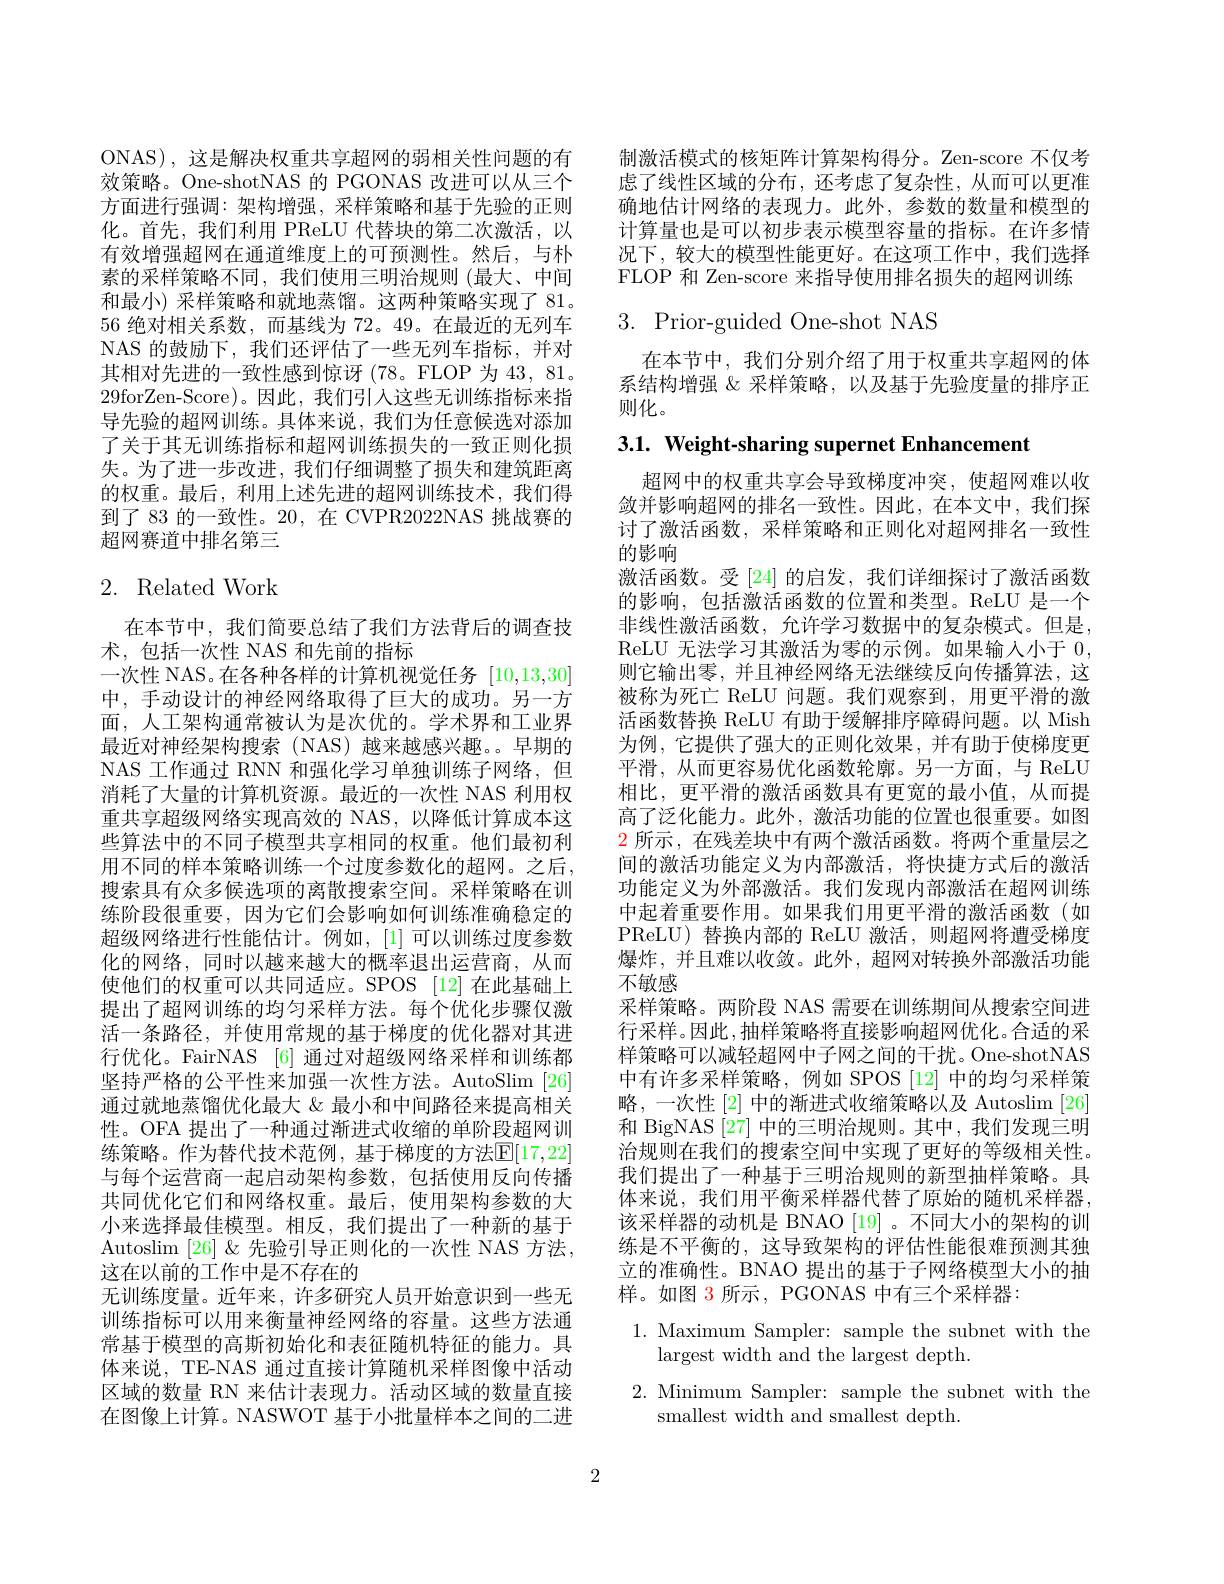
ONAS), 这是解决权重共享超网的弱相关性问题的有效策略。One-shotNAS 的 PGONAS 改进可以从三个方面进行强调：架构增强，采样策略和基于先验的正则化。首先，我们利用 PReLU 代替块的第二次激活，以有效增强超网在通道维度上的可预测性。然后，与朴素的采样策略不同，我们使用三明治规则(最大、中间和最小) 采样策略和就地蒸馏。这两种策略实现了 81。56 绝对相关系数，而基线为 72。49。在最近的无列车NAS 的鼓励下，我们还评估了一些无列车指标，并对其相对先进的一致性感到惊讶(78。FLOP 为 43, 81。29forZen-Score)。因此，我们引人这些无训练指标来指导先验的超网训练。具体来说，我们为任意候选对添加了关于其无训练指标和超网训练损失的一致正则化损失。为了进一步改进，我们仔细调整了损失和建筑距离的权重。最后，利用上述先进的超网训练技术，我们得到了 83 的一致性。20, 在 CVPR2022NAS 挑战赛的超网赛道中排名第三

# 2. Related Work

在本节中，我们简要总结了我们方法背后的调查技
术，包括一次性 NAS 和先前的指标
一次性 NAS。在各种各样的计算机视觉任务[10,13,30] 中，手动设计的神经网络取得了巨大的成功。另一方面，人工架构通常被认为是次优的。学术界和工业界最近对神经架构搜索(NAS)越来越感兴趣。早期的NAS 工作通过 RNN 和强化学习单独训练子网络，但消耗了大量的计算机资源。最近的一次性 NAS 利用权重共享超级网络实现高效的 NAS, 以降低计算成本这些算法中的不同子模型共享相同的权重。他们最初利用不同的样本策略训练一个过度参数化的超网。之后， 搜索具有众多候选项的离散搜索空间。采样策略在训练阶段很重要，因为它们会影响如何训练准确稳定的超级网络进行性能估计。例如，[1]可以训练过度参数化的网络，同时以越来越大的概率退出运营商，从而使他们的权重可以共同适应。SPOS [12]在此基础上提出了超网训练的均匀采样方法。每个优化步骤仅激活一条路径，并使用常规的基于梯度的优化器对其进行优化。FairNAS [6] 通过对超级网络采样和训练都坚持严格的公平性来加强一次性方法。AutoSlim [26] 通过就地蒸馏优化最大 & 最小和中间路径来提高相关性。OFA 提出了一种通过渐进式收缩的单阶段超网训练策略。作为替代技术范例，基于梯度的方法$\mathbb{E}[17,22]$ 与每个运营商一起启动架构参数，包括使用反向传播共同优化它们和网络权重。最后，使用架构参数的大小来选择最佳模型。相反，我们提出了一种新的基于Autoslim $[26]\&$ 先验引导正则化的一次性 NAS 方法， 这在以前的工作中是不存在的
无训练度量。近年来，许多研究人员开始意识到一些无训练指标可以用来衡量神经网络的容量。这些方法通常基于模型的高斯初始化和表征随机特征的能力。具体来说，TE-NAS 通过直接计算随机采样图像中活动区域的数量 RN 来估计表现力。活动区域的数量直接在图像上计算。NASWOT 基于小批量样本之间的二进

制激活模式的核矩阵计算架构得分。Zen-score 不仅考虑了线性区域的分布，还考虑了复杂性，从而可以更准确地估计网络的表现力。此外，参数的数量和模型的计算量也是可以初步表示模型容量的指标。在许多情况下，较大的模型性能更好。在这项工作中，我们选择FLOP 和 Zen-score 来指导使用排名损失的超网训练

# 3. Prior-guided One-shot NAS

在本节中，我们分别介绍了用于权重共享超网的体系结构增强$\&$采样策略，以及基于先验度量的排序正则化。

3.1. Weight-sharing supernet Enhancement
超网中的权重共享会导致梯度冲突，使超网难以收敛并影响超网的排名一致性。因此，在本文中，我们探讨了激活函数，采样策略和正则化对超网排名一致性的影响
激活函数。受[24] 的启发，我们详细探讨了激活函数的影响，包括激活函数的位置和类型。ReLU 是一个非线性激活函数，允许学习数据中的复杂模式。但是， ReLU 无法学习其激活为零的示例。如果输人小于0， 则它输出零，并且神经网络无法继续反向传播算法，这被称为死亡 ReLU 问题。我们观察到，用更平滑的激活函数替换 ReLU 有助于缓解排序障碍问题。以 Mish 为例，它提供了强大的正则化效果，并有助于使梯度更平滑，从而更容易优化函数轮廓。另一方面，与 ReLU 相比，更平滑的激活函数具有更宽的最小值，从而提高了泛化能力。此外，激活功能的位置也很重要。如图$\color{red}2$所示，在残差块中有两个激活函数。将两个重量层之间的激活功能定义为内部激活，将快捷方式后的激活功能定义为外部激活。我们发现内部激活在超网训练中起着重要作用。如果我们用更平滑的激活函数(如PReLU) 替换内部的 ReLU 激活，则超网将遭受梯度爆炸，并且难以收敛。此外，超网对转换外部激活功能不敏感
采样策略。两阶段 NAS 需要在训练期间从搜索空间进行采样。因此，抽样策略将直接影响超网优化。合适的采样策略可以减轻超网中子网之间的干扰。One-shotNAS 中有许多采样策略，例如 SPOS [12] 中的均匀采样策略，一次性 [2] 中的渐进式收缩策略以及 Autoslim [26] 和 BigNAS [27]中的三明治规则。其中，我们发现三明治规则在我们的搜索空间中实现了更好的等级相关性。我们提出了一种基于三明治规则的新型抽样策略。具体来说，我们用平衡采样器代替了原始的随机采样器， 该采样器的动机是 BNAO [19] 。不同大小的架构的训练是不平衡的，这导致架构的评估性能很难预测其独立的准确性。BNAO 提出的基于子网络模型大小的抽样。如图 3 所示，PGONAS 中有三个采样器：
1. Maximum Sampler: sample the subnet with the

largest width and the largest depth.

2. Minimum Sampler: sample the subnet with the
smallest width and smallest depth.

2